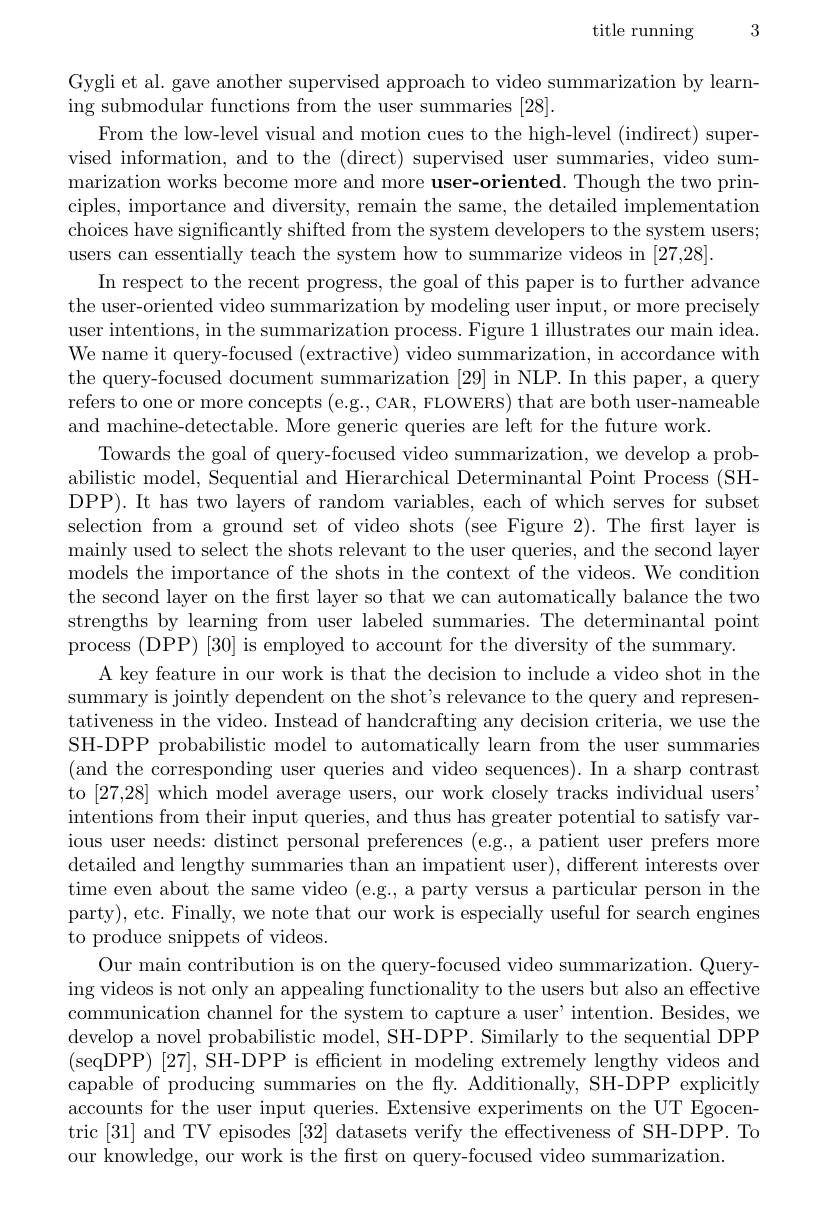
title running 3

Gygli et al. gave another supervised approach to video summarization by learn-
ing submodular functions from the user summaries [28].
From the low-level visual and motion cues to the high-level (indirect) supervised information, and to the (direct) supervised user summaries, video summarization works become more and more user-oriented. Though the two principles, importance and diversity, remain the same, the detailed implementation choices have significantly shifted from the system developers to the system users; users can essentially teach the system how to summarize videos in [27,28].
In respect to the recent progress, the goal of this paper is to further advance the user-oriented video summarization by modeling user input, or more precisely user intentions, in the summarization process. Figure 1 illustrates our main idea We name it query-focused (extractive) video summarization, in accordance with the query-focused document summarization [29] in NLP. In this paper, a query refers to one or more concepts (e.g., CAR, FLOWERS) that are both user-nameable and machine-detectable. More generic queries are left for the future work.
Towards the goal of query-focused video summarization, we develop a probabilistic model, Sequential and Hierarchical Determinantal Point Process (SHDPP). It has two layers of random variables, each of which serves for subset selection from a ground set of video shots (see Figure 2).The first layer is mainly used to select the shots relevant to the user queries, and the second layer models the importance of the shots in the context of the videos. We condition the second layer on the first layer so that we can automatically balance the two strengths by learning from user labeled summaries. The determinantal point process (DPP) [30] is employed to account for the diversity of the summary.
A key feature in our work is that the decision to include a video shot in the summary is jointly dependent on the shot's relevance to the query and representativeness in the video. Instead of handcrafting any decision criteria, we use the SH-DPP probabilistic model to automatically learn from the user summaries (and the corresponding user queries and video sequences). In a sharp contrast to [27,28] which model average users, our work closely tracks individual users" intentions from their input queries, and thus has greater potential to satisfy various user needs: distinct personal preferences (e.g., a patient user prefers more detailed and lengthy summaries than an impatient user), different interests over time even about the same video (e.g., a party versus a particular person in the party), etc. Finally, we note that our work is especially useful for search engines to produce snippets of videos.
Our main contribution is on the query-focused video summarization. Querying videos is not only an appealing functionality to the users but also an effective communication channel for the system to capture a user' intention. Besides, we develop a novel probabilistic model, SH-DPP. Similarly to the sequential DPP (seqDPP) [27], SH-DPP is efficient in modeling extremely lengthy videos and capable of producing summaries on the fly. Additionally, SH-DPP explicitly accounts for the user input queries. Extensive experiments on the UT Egocentric [31] and TV episodes [32] datasets verify the effectiveness of SH-DPP. To our knowledge, our work is the first on query-focused video summarization.